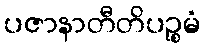
ပဇာနာတီတိပဉ္စမံ